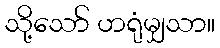
သို့သော် ဟရုံမျှသာ။